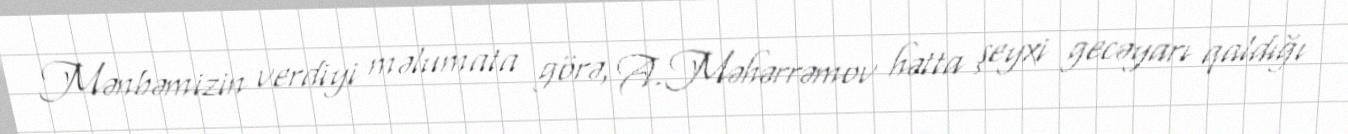
Mənbəmizin verdiyi məlumata görə, A.Məhərrəmov hətta şeyxi gecəyarı qaldığı